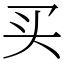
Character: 买